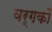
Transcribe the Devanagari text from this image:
वर्गकों